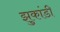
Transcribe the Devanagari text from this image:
झुकांडी